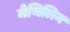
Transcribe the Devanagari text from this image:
मेथिलिन